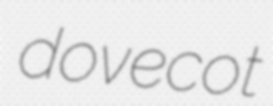
dovecot